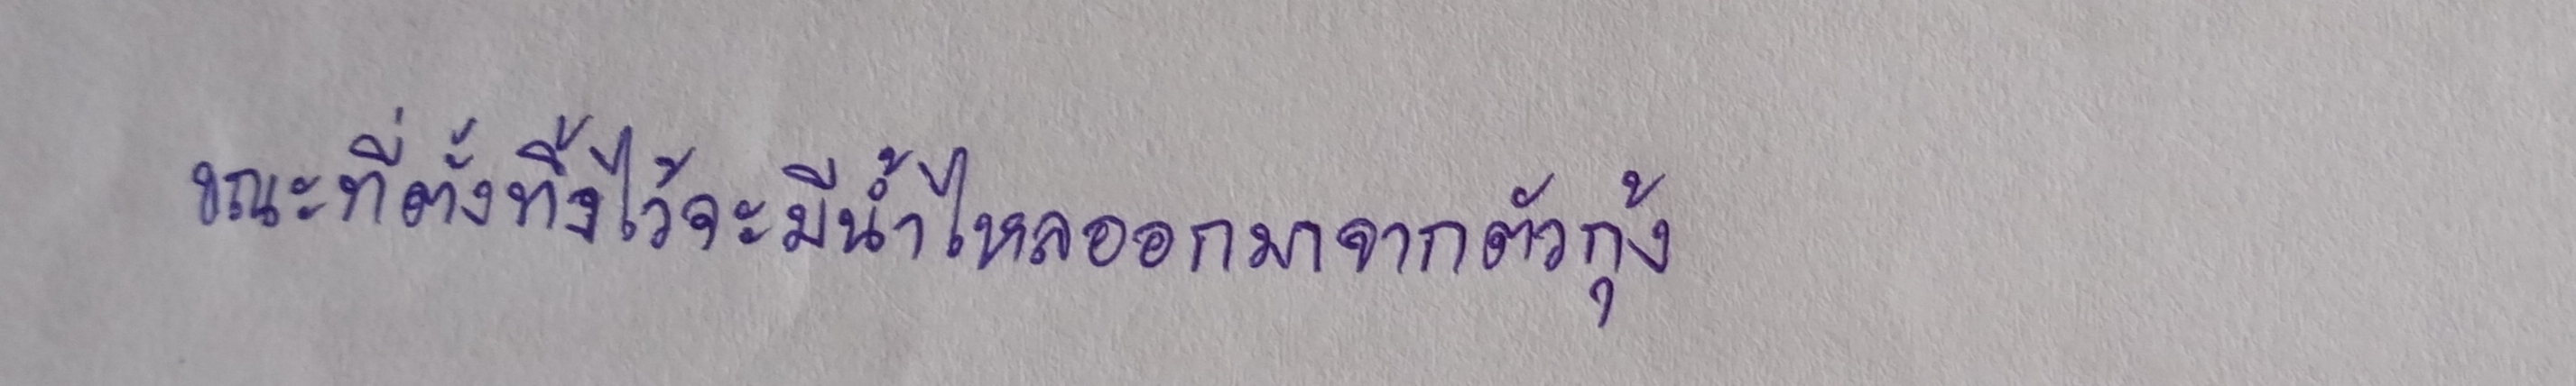
ขณะที่ตั้งทิ้งไว้จะมีน้ำไหลออกมาจากตัวกุ้ง